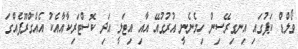
ވޯލްޑް ކަޕުގައި އިނގިރޭސިން ހިމެނެނީ އުރުގުއޭ އާއި އިޓަލީ އަދި ކޮސްޓަރިކާއާއެކު އެއްގްރޫޕެއްގަ